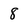
Character: 8